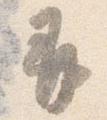
并